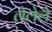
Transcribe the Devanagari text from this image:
लेलेले